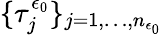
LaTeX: \{ \tau_{j}^{\epsilon_{0}}\} _{j=1,\dots,n_{\epsilon_{0}}}